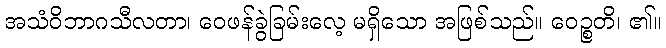
အသံဝိဘာဂသီလတာ၊ ဝေဖန်ခွဲခြမ်းလေ့ မရှိသော အဖြစ်သည်။ ဝေဉ္စတိ၊ ၏။